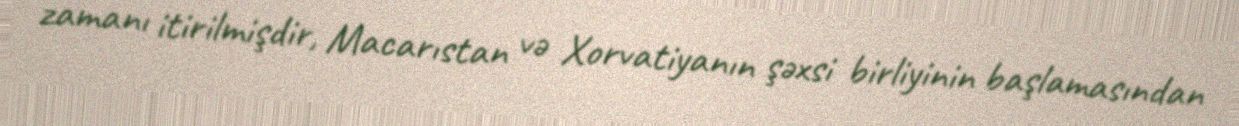
zamanı itirilmişdir, Macarıstan və Xorvatiyanın şəxsi birliyinin başlamasından